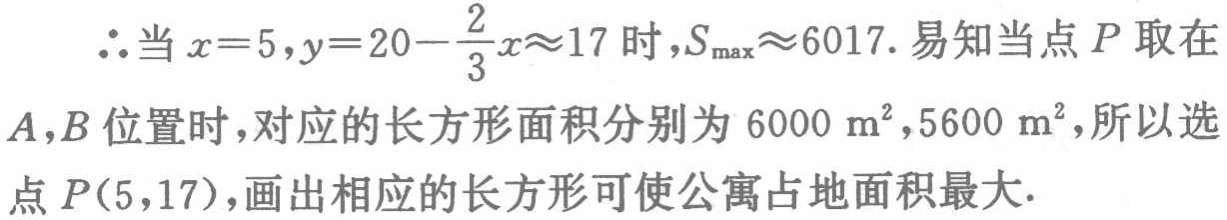
\(\therefore\)当\(x = 5,y = 20 - \frac{2}{3}x\approx17\)时，\(S_{\max}\approx6017\). 易知当点\(P\)取在\(A,B\)位置时，对应的长方形面积分别为\(6000\ \mathrm{m}^{2},5600\ \mathrm{m}^{2}\)，所以选点\(P(5,17)\)，画出相应的长方形可使公寓占地面积最大.